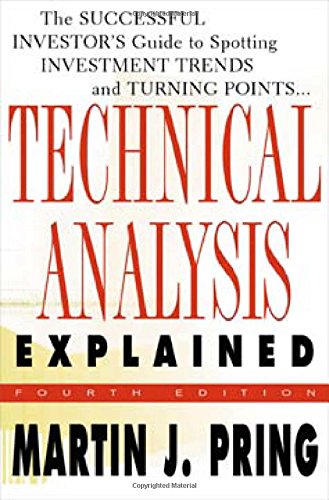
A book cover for Technical Analysis Explained : The Successful Investor's Guide to Spotting Investment Trends and Turning Points; Martin J. Pring; Business & Money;